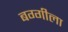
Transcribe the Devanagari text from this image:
बग्गीला